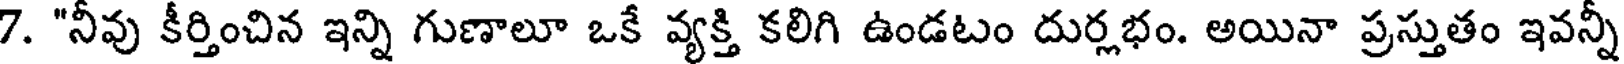
7. "నీవు కీర్తించిన ఇన్ని గుణాలూ ఒకే వ్యక్తి కలిగి ఉండటం దుర్లభం. అయినా ప్రస్తుతం ఇవన్నీ